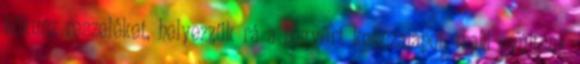
kókusz reszeléket, helyezzük rá a begyúrt kekszalapot, majd nyújtsuk